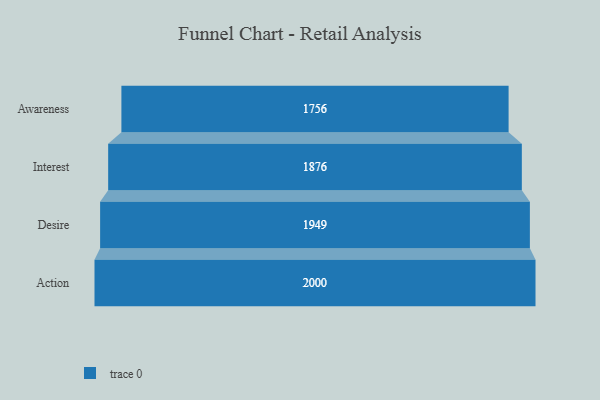
{"axis": {"x": "Stage", "y": "Value"}, "legend": [""], "data": [{"x": "Awareness", "y": 1756.0, "type": ""}, {"x": "Interest", "y": 1876.0, "type": ""}, {"x": "Desire", "y": 1949.0, "type": ""}, {"x": "Action", "y": 2000, "type": ""}]}